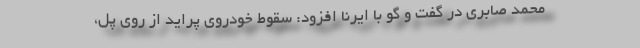
محمد صابری در گفت و گو با ایرنا افزود: سقوط خودروی پراید از روی پُل،